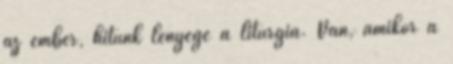
az ember, hitünk lényege a liturgia. Van, amikor a